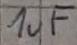
Text: 1uF